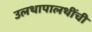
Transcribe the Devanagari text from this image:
उलथापालथींची